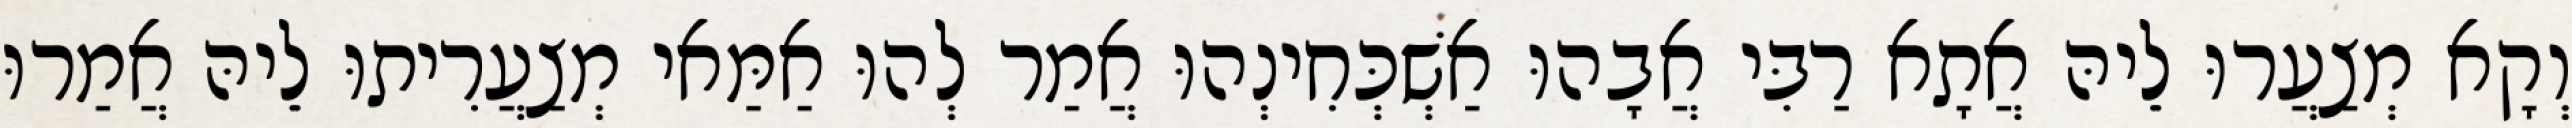
וְקָא מְצַעֲרוּ לֵיהּ אֲתָא רַבִּי אֲבָהוּ אַשְׁכְּחִינְהוּ אֲמַר לְהוּ אַמַּאי מְצַעֲרִיתוּ לֵיהּ אֲמַרוּ